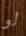
لو